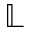
\mathbb { L }